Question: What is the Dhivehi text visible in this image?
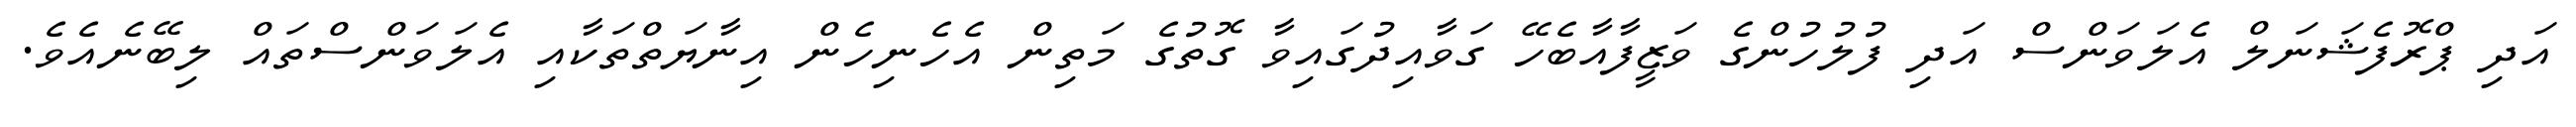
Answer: އަދި ޕްރޮފެޝަނަލް އެލަވަންސް އަދި ފުލުހުންގެ ވަޒީފާއާބެހޭ ގަވާއިދުގައިވާ ގޮތުގެ މަތިން އެހެނިހެން އިނާޔަތްތަކާއި އެލަވަންސްތައް ލިބޭނެއެވެ.